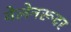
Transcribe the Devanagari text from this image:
वेलेनरूदर